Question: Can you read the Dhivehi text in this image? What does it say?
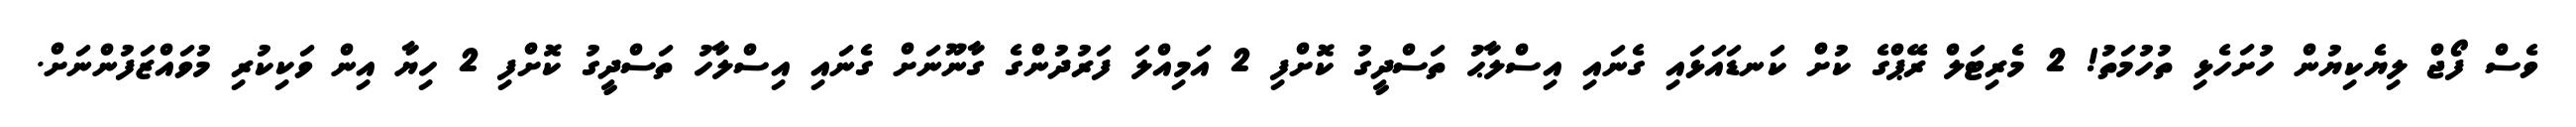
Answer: ވެސް ފޯޖް ލިޔެކިޔުން ހުށަހެޅި ތުހުމަތު! 2 މެރިޓަލް ރޭޕްގެ ކުށް ކަނޑައަޅައި ގެނައި އިސްލާޙު ތަސްދީގު ކޮށްފި 2 އަމިއްލަ ފަރުދުންގެ ގާނޫނަށް ގެނައި އިސްލާހު ތަސްދީގު ކޮށްފި 2 ހިޔާ އިން ވަކިކުރި މުވައްޒަފުންނަށް.